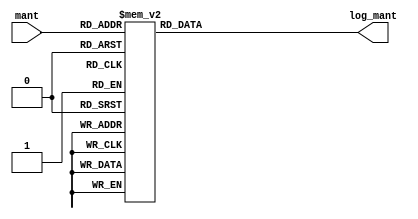
module logMant (
    input wire [3:0] mant,
    output reg [7:0] log_mant
);
    
/*
    input:
        mant [3:0] -> e4m3 mantissa
    
    output:
        log_mant[7:0] log2(mant), E4M3 representation
    Normalized log of mantissa
    Subnormal mantissas give the result they 
    would give if they left-shifted to be normal
*/

always @(*) begin
    case (mant)
        4'b0001: log_mant = 8'b0000_0000; 
        4'b0010: log_mant = 8'b0000_0000; 
        4'b0011: log_mant = 8'b0011_0001;
        4'b0100: log_mant = 8'b0000_0000; 
        4'b0101: log_mant = 8'b0010_1010;
        4'b0110: log_mant = 8'b0011_0001;
        4'b0111: log_mant = 8'b0011_0101;
        4'b1000: log_mant = 8'b0000_0000; 
        4'b1001: log_mant = 8'b0010_0011; 
        4'b1010: log_mant = 8'b0010_1010; 
        4'b1011: log_mant = 8'b0010_1111; 
        4'b1100: log_mant = 8'b0011_0001;
        4'b1101: log_mant = 8'b0011_0011;
        4'b1110: log_mant = 8'b0011_0101;
        4'b1111: log_mant = 8'b0011_0111;
        
        default: log_mant =  8'b0011_1111; 
    endcase
end


endmodule